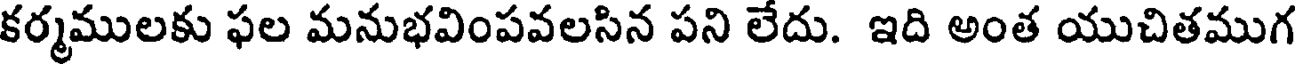
కర్మములకు ఫల మనుభవింపవలసిన పని లేదు. ఇది అంత యుచితముగ